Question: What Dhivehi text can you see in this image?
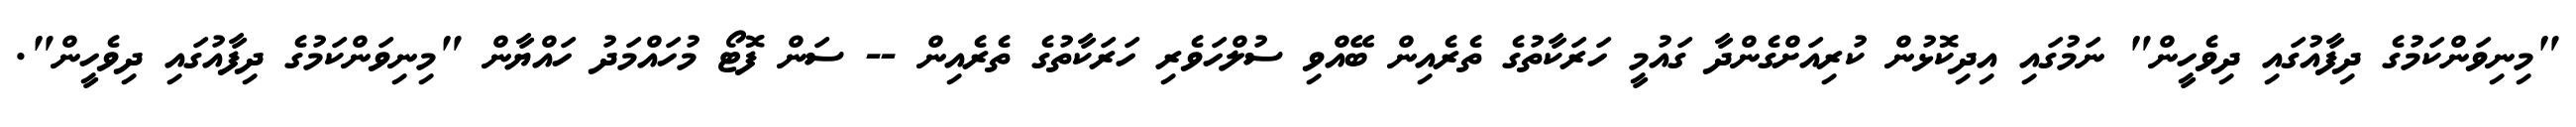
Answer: "މިނިވަންކަމުގެ ދިފާއުގައި ދިވެހީން" ނަމުގައި އިދިކޮޅުން ކުރިއަށްގެންދާ ގައުމީ ހަރަކާތުގެ ތެރެއިން ބޭއްވި ސުލްހަވެރި ހަރަކާތުގެ ތެރެއިން -- ސަން ފޮޓޯ މުހައްމަދު ހައްޔާން "މިނިވަންކަމުގެ ދިފާއުގައި ދިވެހީން".